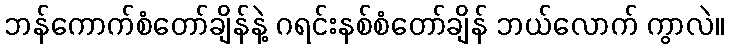
ဘန်ကောက်စံတော်ချိန်နဲ့ ဂရင်းနစ်စံတော်ချိန် ဘယ်လောက် ကွာလဲ။